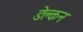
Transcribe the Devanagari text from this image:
डेक्लन